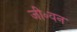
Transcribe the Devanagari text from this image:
जी॰वन